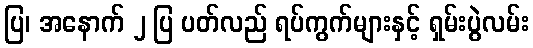
ပြ၊ အနောက် ၂ ပြ ပတ်လည် ရပ်ကွက်များနှင့် ရှမ်းပွဲလမ်း